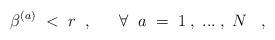
LaTeX: \begin{align*}\beta^{(a)} \; < \; r\; \; , \; \; \; \; \; \; \forall \; \;a \; = \; 1\; , \; ... \; , \; N \; \; \; ,\end{align*}